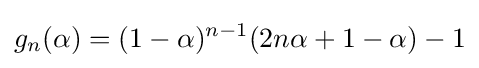
g_{n}(\alpha )=(1-\alpha )^{n-1}(2n\alpha +1-\alpha )-1